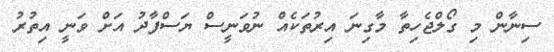
ސިނާން މި ގޯލްޖެހިތާ މާގިނަ އިރުތަކެއް ނުވަނީސް ޔަސްފާދު އަށް ވަނީ އިތުރު